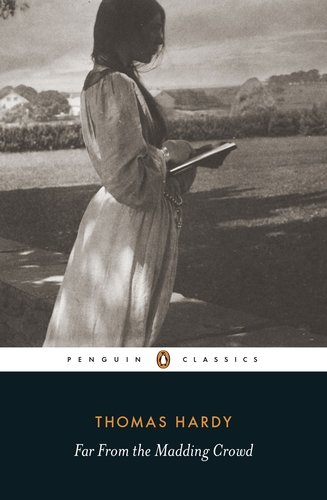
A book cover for Far from the Madding Crowd (Penguin Classics); Thomas Hardy; Literature & Fiction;